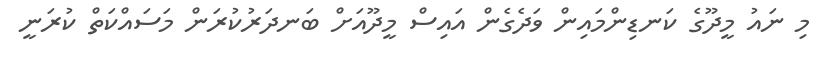
މި ނައު މީދޫގެ ކަނޑިންމައިން ވަދެގެން އައިސް މީދޫއަށް ބަނދަރުކުރަން މަަސައްކަތް ކުރަނީ